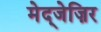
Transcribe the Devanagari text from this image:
मेद्जेज़िर